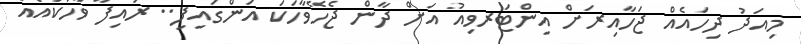
މިއަދު ދިހައެއް ޖަހާއިރަށް އިންޓަރވިއު އަށް ދާން ޖެހޭވާހަކަ އަންގައިފި.. ރައިފާ ވާހަކައެއް